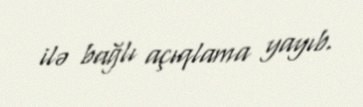
ilə bağlı açıqlama yayıb.